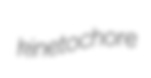
kinetochore